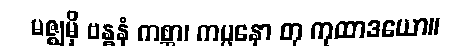
မဇ္ဈမှိ ဗန္ဓနံ ကစ္ဆာ၊ ကပ္ပနော တု ကုထာဒယော။